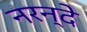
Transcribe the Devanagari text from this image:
नरन्दे